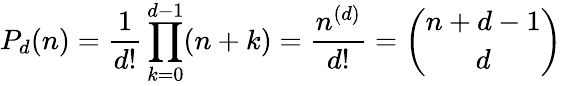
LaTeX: P_{d}(n)={\frac{1}{d!}}\prod_{k=0}^{d-1}(n+k)={\frac{n^{(d)}}{d!}}={\binom{n+d-1}{d}}